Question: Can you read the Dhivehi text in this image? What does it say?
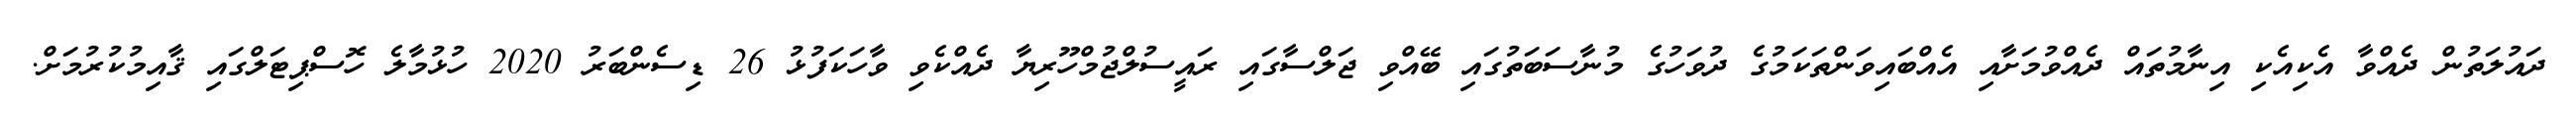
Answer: ދައުލަތުން ދެއްވާ އެކިއެކި އިނާމުތައް ދެއްވުމަށާއި އެއްބައިވަންތަކަމުގެ ދުވަހުގެ މުނާސަބަތުގައި ބޭއްވި ޖަލްސާގައި ރައީސުލްޖުމްހޫރިޔާ ދެއްކެވި ވާހަކަފުޅު 26 ޑިސެންބަރު 2020 ހުޅުމާލެ ހޮސްޕިޓަލްގައި ޤާއިމުކުރުމަށް.